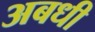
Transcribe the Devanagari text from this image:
अबधी